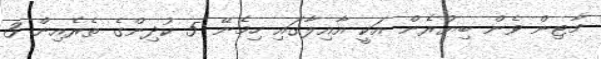
މާޓިން ވެން ބިޔުރެން އަކީ އާއިލާގައި ހިމެނޭ 5 ކުދިންގެ ތެރެއިން 3